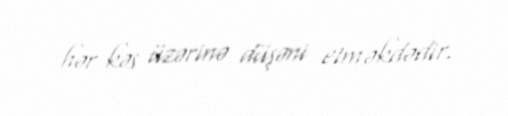
hər kəs üzərinə düşəni etməkdədir.